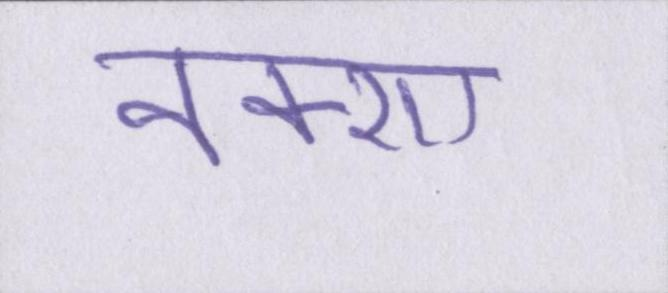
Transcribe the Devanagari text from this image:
नक्शा